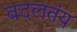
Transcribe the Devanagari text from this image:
बदलतंय